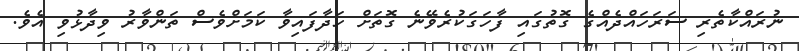
ނުރައްކާތެރި ސަރަހައްދެއްގެ ގޮތުގައި ފާހަގަކުރެވޭނެ ގޮތަށް ހަދާފައިވާ ކަމަށްވެސް ތަންވާރު ވިދާޅުވި އެވެ.